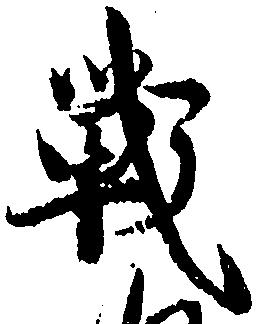
戦